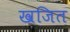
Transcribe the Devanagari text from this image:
खजित